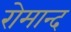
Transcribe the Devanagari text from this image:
रोमान्द